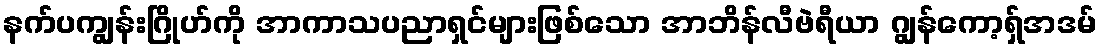
နက်ပကျွန်းဂြိုဟ်ကို အာကာသပညာရှင်များဖြစ်သော အာဘိန်လီဗဲရီယာ ဂျွန်ကော့ရှ်အဒမ်